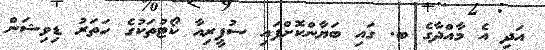
އަދި އެ މާއްދާގެ ބ. ގައި ބަޔާންކޮށްފައި ސުޕީރިއާ ކޯޓުތަކުގެ ހަތަރު ޑިވިޝަން